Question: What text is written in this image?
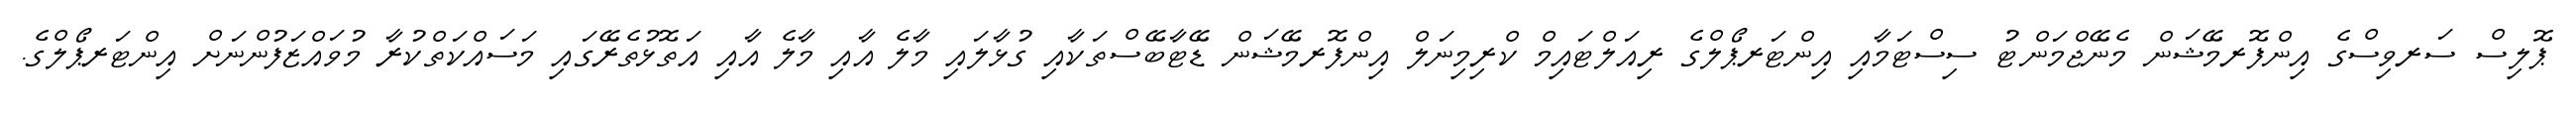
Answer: ޕޮލިސް ސަރވިސްގެ އިންފޮރމޭޝަން މެނޭޖްމަންޓު ސިސްޓަމާއި އިންޓަރޕޯލްގެ ރިއަލްޓައިމް ކްރިމިނަލް އިންފޮރމޭޝަން ޑޭޓާބޭސްތަކާއި ގުޅާލައި މާލެ އާއި މާލެ އާއި އަތޮޅުތެރޭގައި މަސައްކަތްކުރާ މުވައްޒަފުންނަށް އިންޓަރޕޯލްގެ.